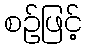
စဉ်ဖြင့်